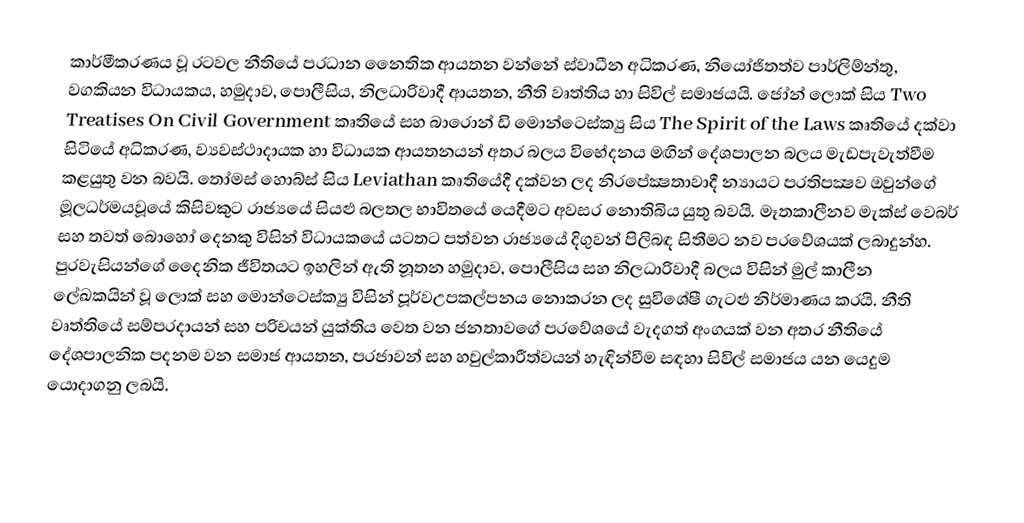
කාර්මීකරණය වූ රටවල නීතියේ ප‍්‍රධාන නෛතික ආයතන වන්නේ ස්වාධීන අධිකරණ, නියෝජිතත්ව පාර්ලිම්න්තු, වගකියන විධායකය, හමුදාව, පොලීසිය, නිලධාරිවාදී ආයතන, නීති වෘත්තිය හා සිවිල් සමාජයයි. ජෝන් ලොක් සිය Two Treatises On Civil Government කෘතියේ සහ බාරොන් ඩි මොන්ටෙස්ක්‍යු සිය The Spirit of the Laws කෘතියේ දක්වා සිටියේ අධිකරණ, ව්‍යවස්ථාදායක හා විධායක ආයතනයන් අතර බලය විභේදනය මඟින් දේශපාලන බලය මැඩපැවැත්වීම කළයුතු වන බවයි. තෝමස් හොබ්ස් සිය Leviathan කෘතියේදී දක්වන ලද නිරපේක්‍ෂතාවාදී න්‍යායට ප‍්‍රතිපක්‍ෂව ඔවුන්ගේ මූලධර්මයවූයේ කිසිවකුට රාජ්‍යයේ සියළු බලතල භාවිතයේ යෙදීමට අවසර නොතිබිය යුතු බවයි. මෑතකාලීනව මැක්ස් වෙබර් සහ තවත් බොහෝ දෙනකු විසින් විධායකයේ යටතට පත්වන රාජ්‍යයේ දිගුවන් පිලිබඳ සිතීමට නව ප‍්‍රවේශයක් ලබාදුන්හ. පුරවැසියන්ගේ දෛනික ජීවිතයට ඉහලින් ඇති නූතන හමුදාව, පොලීසිය සහ නිලධාරිවාදී බලය විසින් මුල් කාලීන ලේඛකයින් වූ ලොක් සහ මොන්ටෙස්ක්‍යු විසින් පූර්වඋපකල්පනය නොකරන ලද සුවිශේෂී ගැටළු නිර්මාණය කරයි. නීති වෘත්තියේ සම්ප‍්‍රදායන් සහ පරිචයන් යුක්තිය වෙත වන ජනතාවගේ ප‍්‍රවේශයේ වැදගත් අංගයක් වන අතර නීතියේ දේශපාලනික පදනම වන සමාජ ආයතන, ප‍්‍රජාවන් සහ හවුල්කාරීත්වයන් හැඳින්වීම සඳහා සිවිල් සමාජය යන යෙදුම යොදාගනු ලබයි.